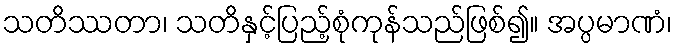
သတိဿတာ၊ သတိနှင့်ပြည့်စုံကုန်သည်ဖြစ်၍။ အပ္ပမာဏံ၊